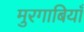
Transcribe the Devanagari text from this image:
मुरगाबियाँ